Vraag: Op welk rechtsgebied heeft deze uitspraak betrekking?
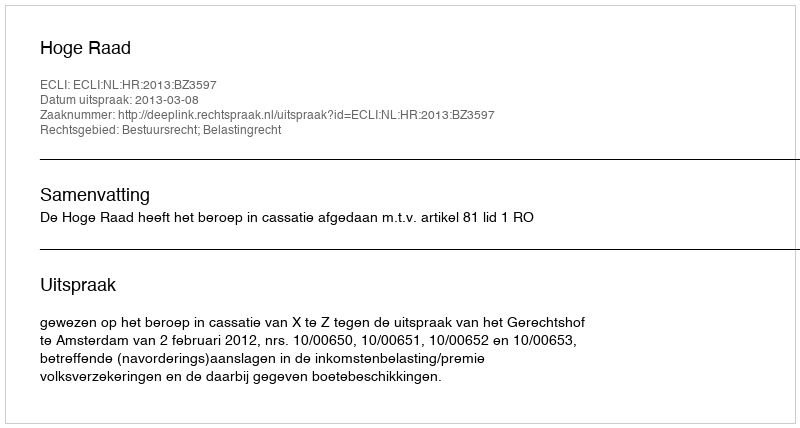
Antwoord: Bestuursrecht; Belastingrecht